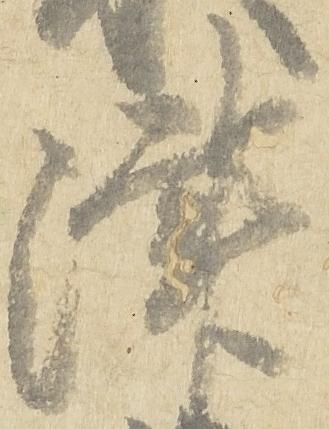
津